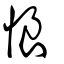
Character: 悢